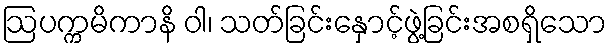
ဩပက္ကမိကာနိ ဝါ၊ သတ်ခြင်းနှောင့်ဖွဲ့ခြင်းအစရှိသော